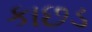
કાછડ